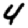
Digit: 4